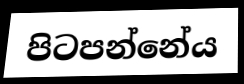
පිටපන්නේය